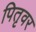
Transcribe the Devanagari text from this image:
पितृवर